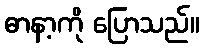
ဓာနာ့ကို ပြောသည်။